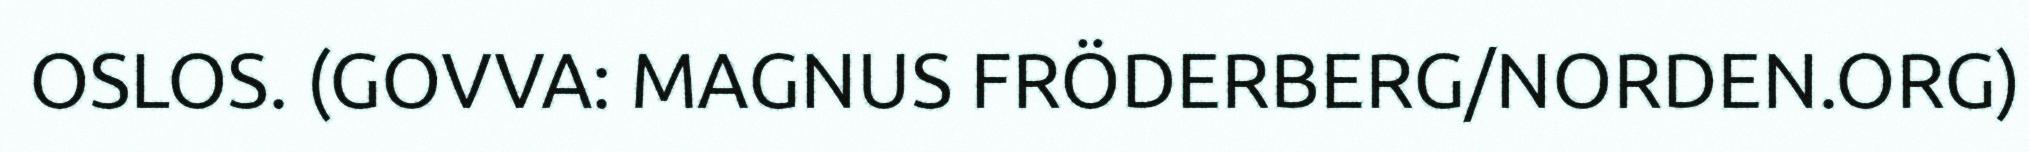
OSLOS. (GOVVA: MAGNUS FRÖDERBERG/NORDEN.ORG)